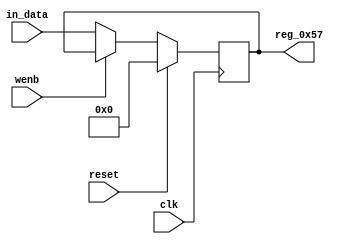
module r_TX_BUF_OBJ1_BYTE_3(output reg [7:0] reg_0x57, input wire reset, input wire wenb, input wire [7:0] in_data, input wire clk);
	always@(posedge clk)
	begin
		if(reset==0) begin
			if(wenb==0)
				reg_0x57<=in_data;
			else
				reg_0x57<=reg_0x57;
		end
		else
			reg_0x57<=8'h00;
	end
endmodule